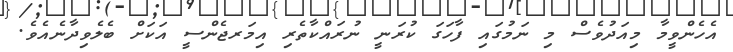
އެހެންވީމާ މިއަދުވެސް މި ނަމުގައި ފާހަގަ ކުރަނީ ނުރައްކާތެރި އިމަރޖެންސީ އަކަށް ބެލެވިދާނެއެވެ.